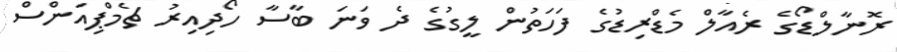
ރޮނާލްޑޯގެ ރެއާލް މެޑްރިޑުގެ ފަހަތުން ލީގުގެ ދެ ވަނަ ބާސާ ހޯދިއިރު ޗެމްޕިއަންސް